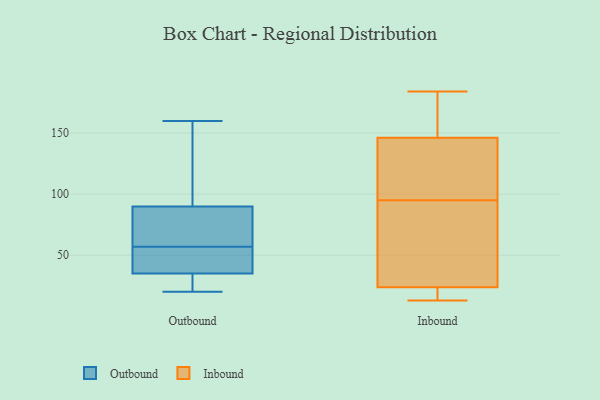
{"axis": {"x": "Waste Production (Tons)", "y": "Value"}, "legend": ["Inbound", "Outbound"], "data": [{"x": "", "y": 111, "type": "Outbound"}, {"x": "", "y": 56, "type": "Outbound"}, {"x": "", "y": 58, "type": "Outbound"}, {"x": "", "y": 90, "type": "Outbound"}, {"x": "", "y": 39, "type": "Outbound"}, {"x": "", "y": 24, "type": "Outbound"}, {"x": "", "y": 35, "type": "Outbound"}, {"x": "", "y": 75, "type": "Outbound"}, {"x": "", "y": 160, "type": "Outbound"}, {"x": "", "y": 20, "type": "Outbound"}, {"x": "", "y": 44, "type": "Inbound"}, {"x": "", "y": 17, "type": "Inbound"}, {"x": "", "y": 138, "type": "Inbound"}, {"x": "", "y": 85, "type": "Inbound"}, {"x": "", "y": 184, "type": "Inbound"}, {"x": "", "y": 161, "type": "Inbound"}, {"x": "", "y": 149, "type": "Inbound"}, {"x": "", "y": 13, "type": "Inbound"}, {"x": "", "y": 15, "type": "Inbound"}, {"x": "", "y": 95, "type": "Inbound"}, {"x": "", "y": 111, "type": "Inbound"}]}